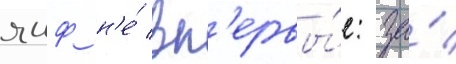
яиф н'е́ вп'ервы́е: за́